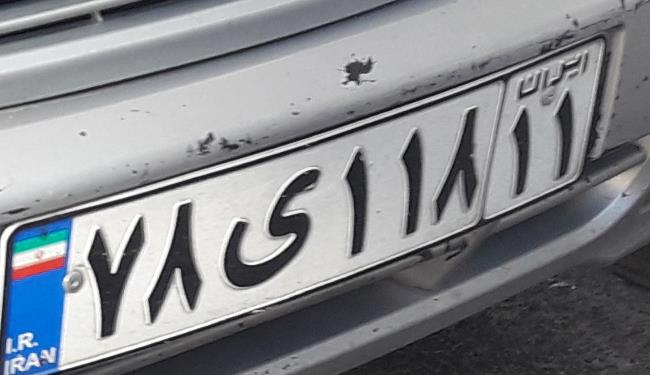
۷۸ی۱۱۸۱۱